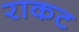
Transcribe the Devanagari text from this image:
राकट